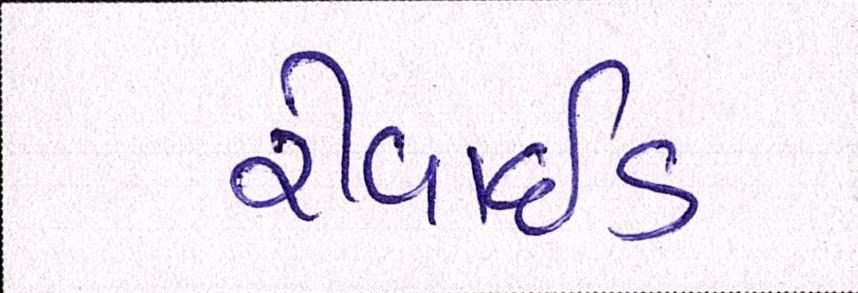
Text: રીવાઇડ